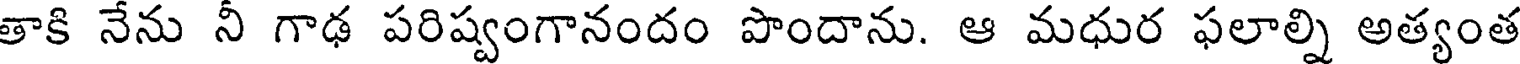
తాకి నేను నీ గాఢ పరిష్వంగానందం పొందాను. ఆ మధుర ఫలాల్ని అత్యంత